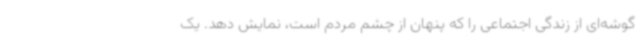
گوشه‌ای از زندگی اجتماعی را که پنهان از چشم مردم است، نمایش دهد. یک